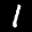
Label: 1